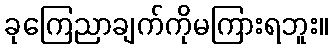
ခုကြေညာချက်ကိုမကြားရဘူး။